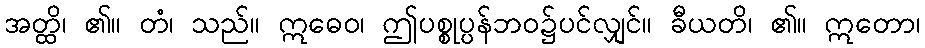
အတ္ထိ၊ ၏။ တံ၊ သည်။ ဣဓေဝ၊ ဤပစ္စုပ္ပန်ဘဝ၌ပင်လျှင်။ ခီယတိ၊ ၏။ ဣတော၊